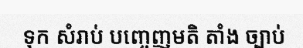
ទុក សំរាប់ បញ្ចេញមតិ តាំង ច្បាប់